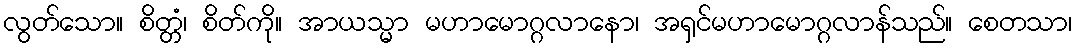
လွတ်သော။ စိတ္တံ၊ စိတ်ကို။ အာယသ္မာ မဟာမောဂ္ဂလာနော၊ အရှင်မဟာမောဂ္ဂလာန်သည်။ စေတသာ၊